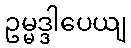
ဥမ္မဒ္ဒါပေယျ